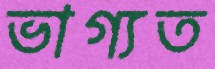
ভাগ্যত